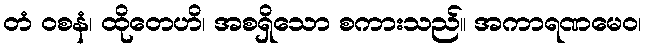
တံ ဝစနံ၊ ထိုတေဟိ၊ အစရှိသော စကားသည်။ အကာရဏမေဝ၊